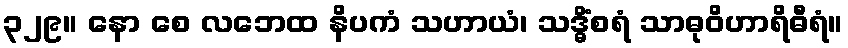
၃၂၉။ နော စေ လဘေထ နိပကံ သဟာယံ၊ သဒ္ဓိံစရံ သာဓုဝိဟာရိဓီရံ။